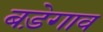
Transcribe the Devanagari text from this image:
बड़ेगाव